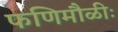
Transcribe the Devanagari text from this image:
फणिमौळीः